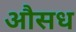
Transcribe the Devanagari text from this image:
औसध